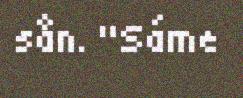
sån. "Sáme